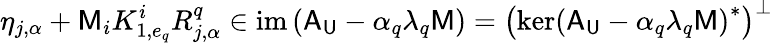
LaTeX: \eta_{j,\alpha}+\mathsf{M}_{i}K_{1,e_{q}}^{i}R_{j,\alpha}^{q}\in\mathrm{im}\left(\mathsf{A}_{\mathsf{U}}-\alpha_{q}\lambda_{q}\mathsf{M}\right)=\left(\mathrm{ker}\left(\mathsf{A}_{\mathsf{U}}-\alpha_{q}\lambda_{q}\mathsf{M}\right)^{*}\right)^{\perp}